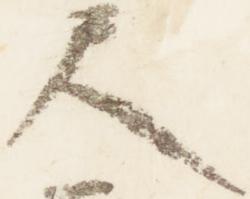
尺